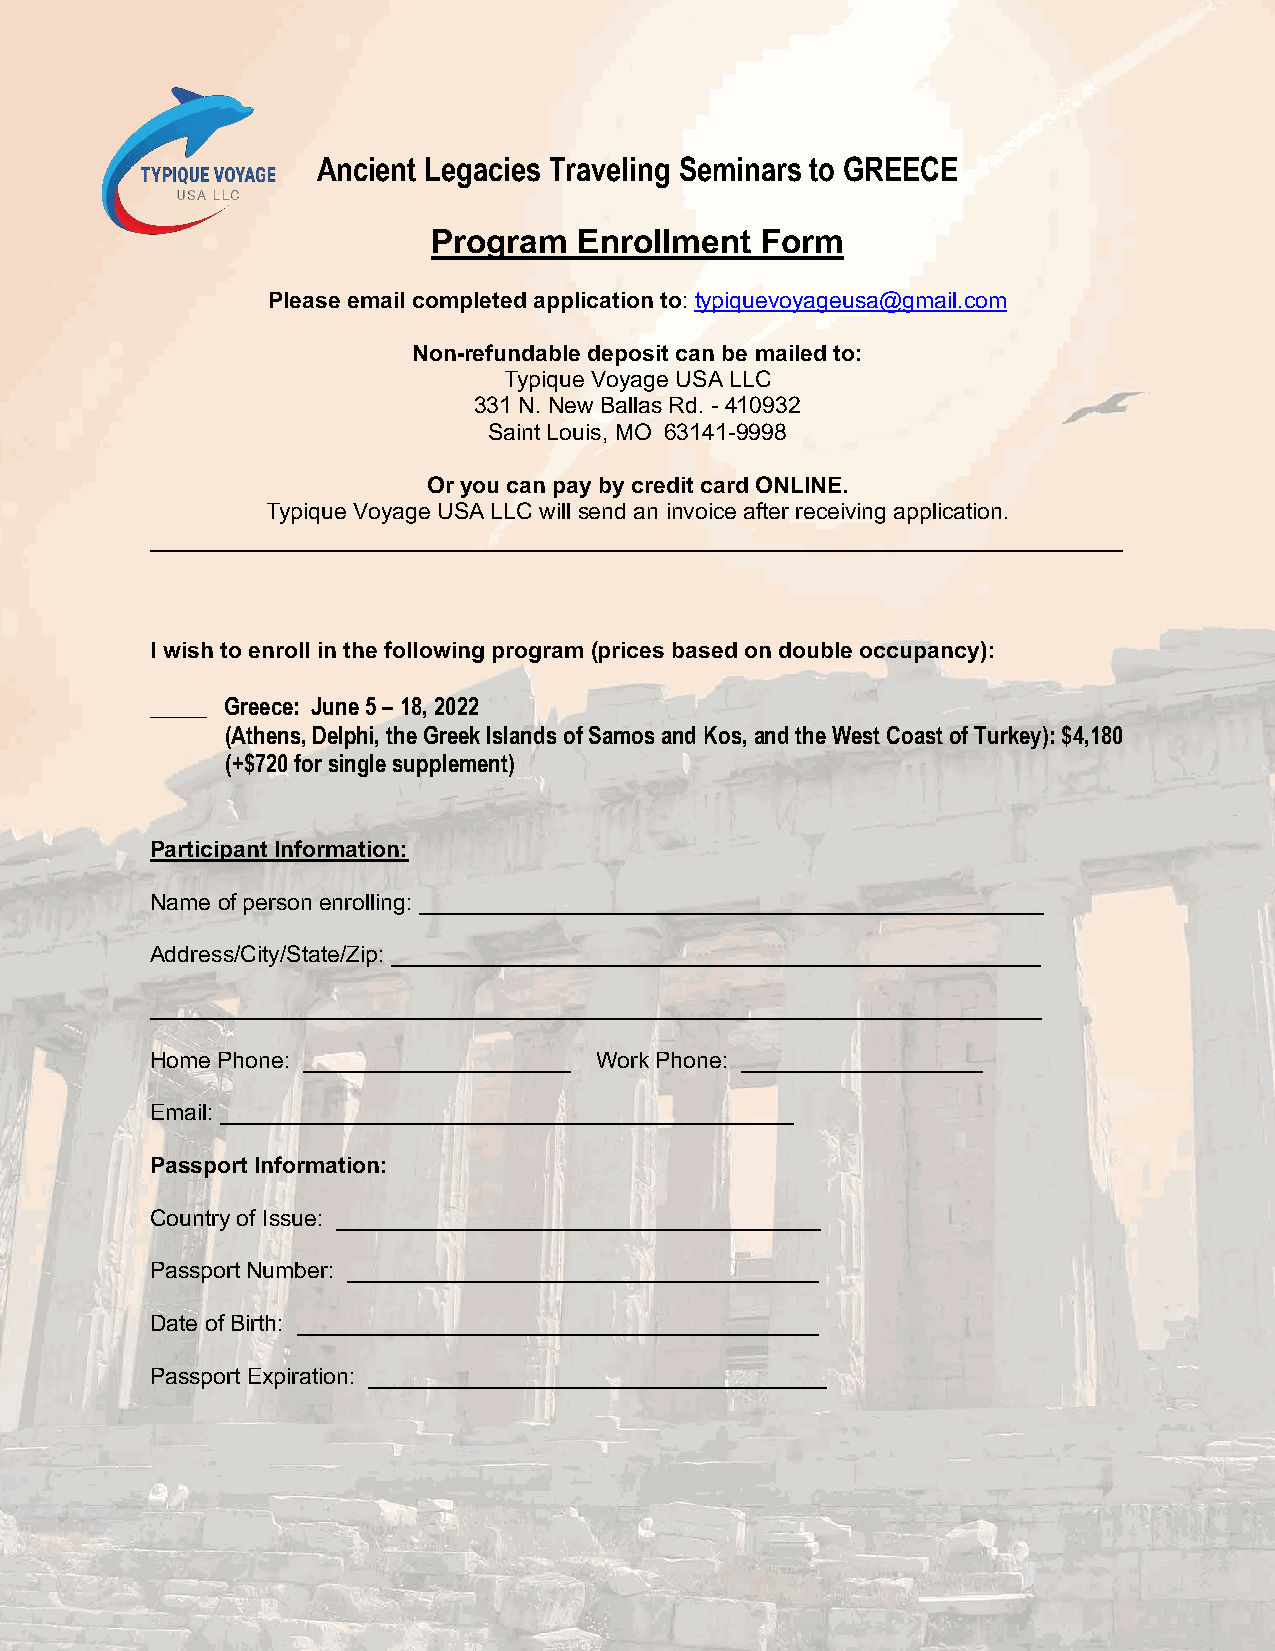
Ancient Legacies Traveling Seminars to GREECE
 Program  Enrollment  Form
 Please email completed application to: typiquevoyageusa@gmail.com
 Non-refundable deposit can be mailed to:
 Typique Voyage USA LLC
 331 N. New Ballas Rd. - 410932
 Saint Louis, MO 63141-9998
 Or you can pay by credit card ONLINE.
 Typique Voyage USA LLC will send an invoice after receiving application.
 ______________________________________________________________________
 I wish to enroll in the following program (prices based on double occupancy):
 _____ Greece: June 5 – 18, 2022
 (Athens, Delphi, the Greek Islands of Samos and Kos, and the West Coast of Turkey): $4,180
 (+$720 for single supplement)
 Participant Information:
 Name of person enrolling: _________________________________________________
 Address/City/State/Zip: ___________________________________________________
 ______________________________________________________________________
 Home Phone: _____________________ Work Phone: ___________________
 Email: _____________________________________________
 Passport Information:
 Country of Issue: ______________________________________
 Passport Number: _____________________________________
 Date of Birth: _________________________________________
 Passport Expiration: ____________________________________